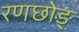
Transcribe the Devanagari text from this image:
रणछोङ्